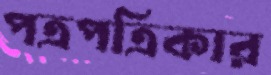
পত্রপত্রিকার